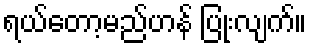
ရယ်တော့မည်ဟန် ပြုံးလျက်။